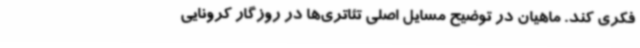
فکری کند. ماهیان در توضیح مسایل اصلی تئاتری‌ها در روزگار کرونایی